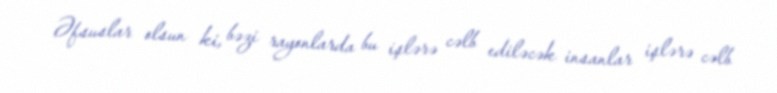
Əfsuslar olsun ki, bəzi rayonlarda bu işlərə cəlb ediləcək insanlar işlərə cəlb